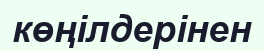
көңілдерінен